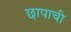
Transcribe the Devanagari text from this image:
छापाची